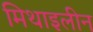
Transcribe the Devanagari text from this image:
मिथाइलीन